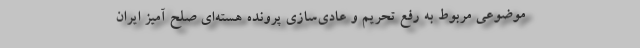
موضوعی مربوط به رفع تحریم و عادی‌سازی پرونده هسته‌ای صلح آمیز ایران